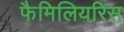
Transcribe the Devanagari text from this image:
फैमिलियरिस